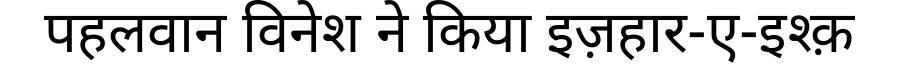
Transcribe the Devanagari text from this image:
पहलवान विनेश ने किया इज़हार-ए-इश्क़